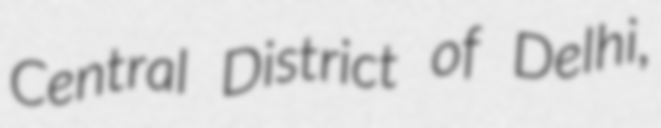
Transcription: Central District of Delhi,